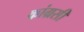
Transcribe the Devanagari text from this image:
कांग्रसी